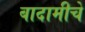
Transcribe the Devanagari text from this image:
बादामीचे